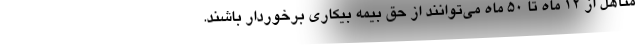
متأهل از ۱۲ ماه تا ۵۰ ماه می‌توانند از حق بیمه بیکاری برخوردار باشند.